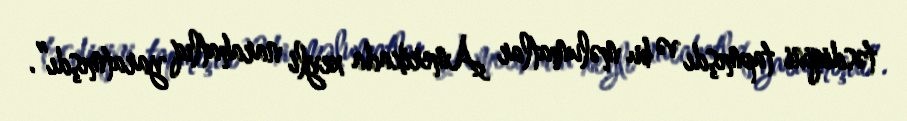
təsdiqini tapmışdı və bu məlumatlar Amerikada xeyli narahatlıq yaratmışdı”.